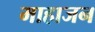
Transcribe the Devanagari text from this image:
माहाजन